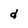
Character: d